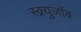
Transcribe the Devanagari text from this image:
स्क्र्युजॉब